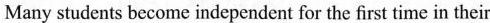
Many students become independent for the first time in their